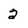
Character: 2